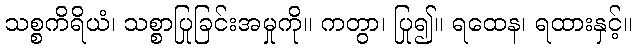
သစ္စကိရိယံ၊ သစ္စာပြုခြင်းအမှုကို။ ကတွာ၊ ပြု၍။ ရထေန၊ ရထားနှင့်။